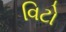
વિટો